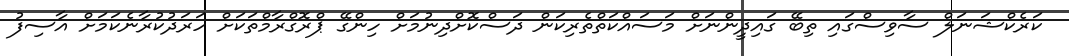
ކަރެކްޝަނަލް ސާވިސްގައި ތިބޭ ގައިދީންނަށް މަސައްކަތްތެރިކަން ދަސްކޮށްދިނުމަށް ހިންގޭ ޕްރޮގްރާމްތަކަށް ހަރަދުކުރާނެކަމަށް އާސިފު